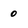
Character: 0